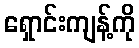
ရှောင်းကျန့်ကို